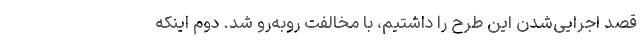
قصد اجرایی‌شدن این طرح را داشتیم، با مخالفت روبه‌رو شد. دوم اینکه